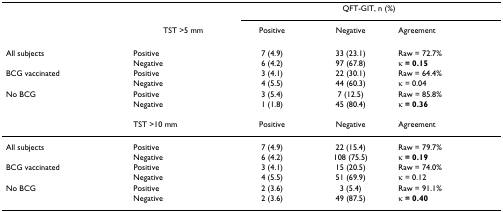
|  |  | <COLSPAN=3> QFT-GIT, n (%) |
 |  | TST >5 mm | Positive | Negative | Agreement |
 | --- | --- | --- | --- | --- |
 | All subjects | Positive | 7 (4.9) | 33 (23.1) | Raw = 72.7% |
 |  | Negative | 6 (4.2) | 97 (67.8) | κ = 0.15 |
 | BCG vaccinated | Positive | 3 (4.1) | 22 (30.1) | Raw = 64.4% |
 |  | Negative | 4 (5.5) | 44 (60.3) | κ = 0.04 |
 | No BCG | Positive | 3 (5.4) | 7 (12.5) | Raw = 85.8% |
 |  | Negative | 1 (1.8) | 45 (80.4) | κ = 0.36 |
 |  | TST >10 mm | Positive | Negative | Agreement |
 | All subjects | Positive | 7 (4.9) | 22 (15.4) | Raw = 79.7% |
 |  | Negative | 6 (4.2) | 108 (75.5) | κ = 0.19 |
 | BCG vaccinated | Positive | 3 (4.1) | 15 (20.5) | Raw = 74.0% |
 |  | Negative | 4 (5.5) | 51 (69.9) | κ = 0.12 |
 | No BCG | Positive | 2 (3.6) | 3 (5.4) | Raw = 91.1% |
 |  | Negative | 2 (3.6) | 49 (87.5) | κ = 0.40 |